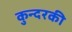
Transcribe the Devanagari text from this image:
कुन्‍दरकी